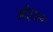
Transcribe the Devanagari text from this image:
मीर्थल